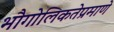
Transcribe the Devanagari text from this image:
भौगोलिकतेप्रमाणे